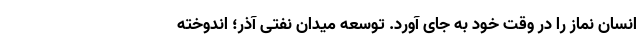
انسان نماز را در وقت خود به‌ جای آورد. توسعه میدان نفتی آذر؛ اندوخته